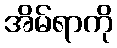
အိမ်ရာကို